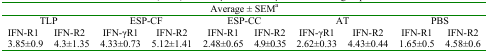
<table><thead><tr><td colspan="4"></td><td colspan="4"><b>Average ± SEMa</b></td><td colspan="4"></td></tr><tr><td colspan="2"><b>TLP</b></td><td colspan="3"><b>ESP-CF</b></td><td colspan="2"><b>ESP-CC</b></td><td colspan="3"><b>AT</b></td><td colspan="2"><b>PBS</b></td></tr></thead><tbody><tr><td>IFN-R1</td><td>IFN-R2</td><td>IFN-γR1</td><td colspan="2">IFN-R2</td><td>IFN-R1</td><td>IFN-R2</td><td colspan="2">IFN-γR1</td><td>IFN-R2</td><td>IFN-R1</td><td>IFN-R2</td></tr><tr><td>3.85±0.9</td><td>4.3±1.35</td><td>4.33±0.73</td><td colspan="2">5.12±1.41</td><td>2.48±0.65</td><td>4.9±0.35</td><td colspan="2">2.62±0.33</td><td>4.43±0.44</td><td>1.65±0.5</td><td>4.58±0.6</td></tr></tbody></table>